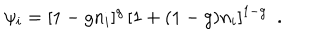
LaTeX: \psi _ { i } = [ 1 - g n _ { i } ] ^ { g } \, [ 1 + ( 1 - g ) n _ { i } ] ^ { 1 - g } \ \ .